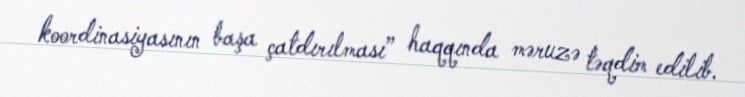
koordinasiyasının başa çatdırılması” haqqında məruzə təqdim edilib.